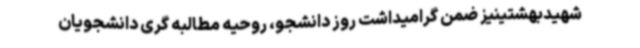
شهیدبهشتینیز ضمن گرامیداشت روز دانشجو، روحیه مطالبه‌ گری دانشجویان